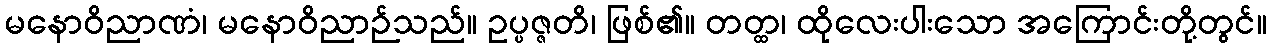
မနောဝိညာဏံ၊ မနောဝိညာဉ်သည်။ ဥပ္ပဇ္ဇတိ၊ ဖြစ်၏။ တတ္ထ၊ ထိုလေးပါးသော အကြောင်းတို့တွင်။